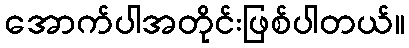
အောက်ပါအတိုင်းဖြစ်ပါတယ်။